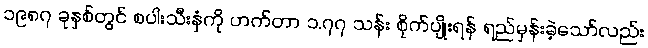
၁၉၈၇ ခုနှစ်တွင် စပါးသီးနှံကို ဟက်တာ ၁.၇၇ သန်း စိုက်ပျိုးရန် ရည်မှန်းခဲ့သော်လည်း